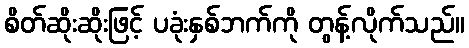
စိတ်ဆိုးဆိုးဖြင့် ပခုံးနှစ်ဘက်ကို တွန့်လိုက်သည်။